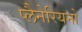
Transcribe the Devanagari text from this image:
प्लैनेरियनों